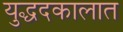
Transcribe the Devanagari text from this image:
युद्धदकालात